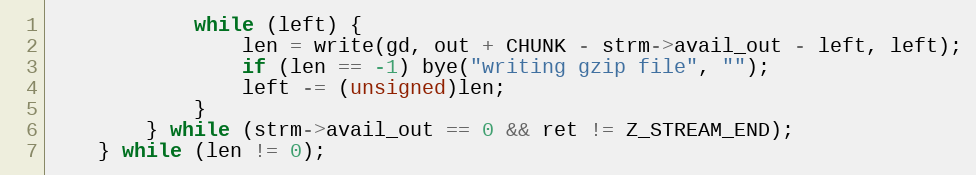
Language: C
            while (left) {
                len = write(gd, out + CHUNK - strm->avail_out - left, left);
                if (len == -1) bye("writing gzip file", "");
                left -= (unsigned)len;
            }
        } while (strm->avail_out == 0 && ret != Z_STREAM_END);
    } while (len != 0);